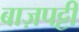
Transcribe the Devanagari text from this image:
बाज़पट्टी